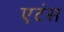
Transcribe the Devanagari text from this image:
एटंस